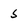
Character: 5